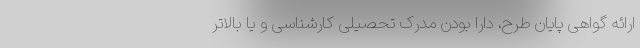
ارائه گواهی پایان طرح، دارا بودن مدرک تحصیلی کارشناسی و یا بالاتر